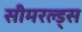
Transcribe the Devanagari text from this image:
सीमरल्ड्स